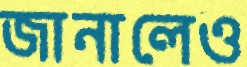
জানালেও